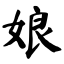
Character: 娘